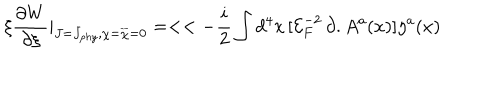
LaTeX: \xi \frac { \partial W } { \partial \xi } | _ { J = J _ { p h y } , \chi = { \overline { { { \chi } } } } = 0 } = < < - \frac { i } { 2 } \int d ^ { 4 } x \, [ { \mathcal { E } } _ { F } ^ { - 2 } \, \partial . A ^ { a } ( x ) ] \eta ^ { a } ( x )